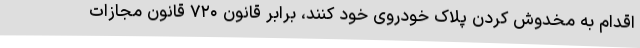
اقدام به مخدوش کردن پلاک خودروی خود کنند، برابر قانون ۷۲۰ قانون مجازات